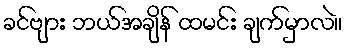
ခင်ဗျား ဘယ်အချိန် ထမင်း ချက်မှာလဲ။